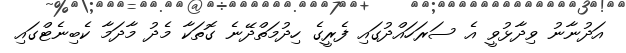
އަދުނާނު ވިދާޅުވީ އެ ސަރަހައްދުގައި ފެރީގެ ހިދުމަތްދޭނެ ގޮތަކާ މެދު މާދަމާ ކެބިނެޓްގައި